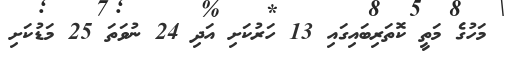
މަހުގެ މަތީ ކޮތަރިބައިގައި 13 ހަރުކަށި އަދި 24 ނުވަތަ 25 މަޑުކަށި